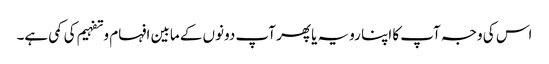
اس کی وجہ آپ کا اپنا رویہ یا پھر آپ دونوں کے مابین افہام و تفہیم کی کمی ہے۔